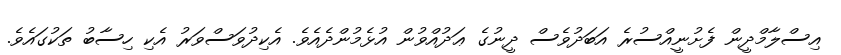
އިސްލާމްދީން ފެށުނީއްސުރެ އަބަދުވެސް ދީނުގެ ޢަދުއްވުން އުޅެމުންދެއެވެ. އެކިދުވަސްވަރު އެކި ހިސާބު ތަކުގައެވެ.